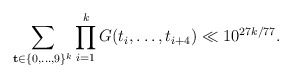
\begin{align*}\sum_{\mathbf{t}\in\{0,\dots,9\}^k}\prod_{i=1}^k G(t_i,\dots,t_{i+4})\ll 10^{27k/77}.\end{align*}